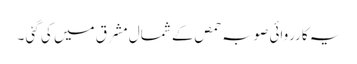
یہ کارروائی صوبہ حمص کے شمال مشرق میں کی گئی ۔